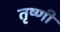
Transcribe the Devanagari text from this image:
तृष्णी